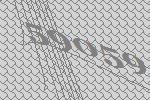
59059